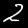
Digit: 2